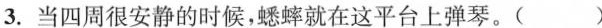
3.当四周很安静的时候，蟋蟀就在这平台上弹琴。()